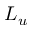
L _ { u }